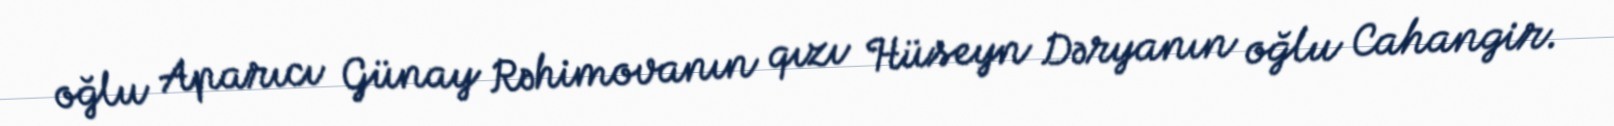
oğlu Aparıcı Günay Rəhimovanın qızı Hüseyn Dəryanın oğlu Cahangir.